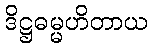
ဒိဋ္ဌဓမ္မဟိတာယ